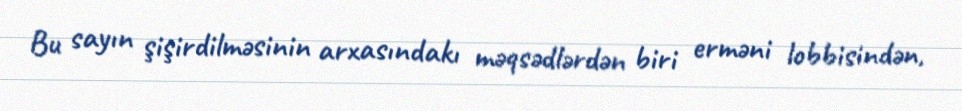
Bu sayın şişirdilməsinin arxasındakı məqsədlərdən biri erməni lobbisindən,